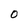
Character: 0